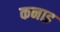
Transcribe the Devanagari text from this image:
कनाइ